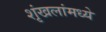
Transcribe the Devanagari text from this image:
शृंखलांमध्ये